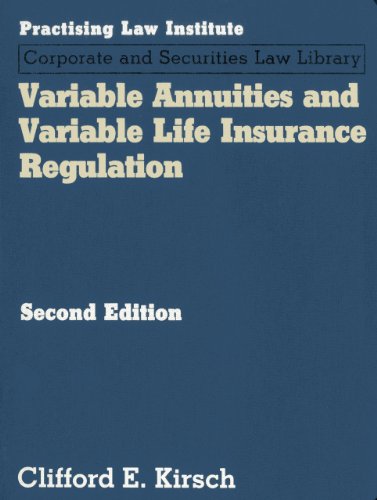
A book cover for Variable Annuities and Variable Life Insurance Regulation (2 Volume Set); Clifford Kirsch; Law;